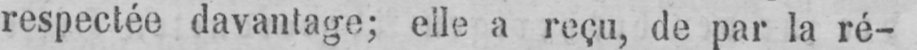
respectée davantage; elle a reçu, de par la ré-